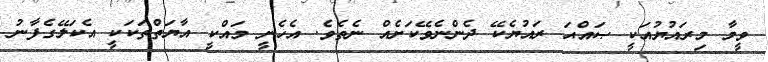
ވީމާ މިރައުޔުއަކީ ޞައްޙަ ރައުޔެކޭ ދެންނެވޭކަށެއް ނެތެވެ. އެހެނީ މައްކީ އާޔަތްތަކަކީ އެކަލޭގެފާނު